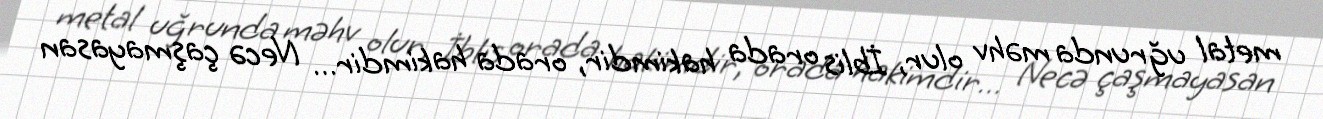
metal uğrunda məhv olur, İblis orada hakimdir, orada hakimdir… Necə çaşmayasan